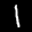
Label: 1